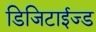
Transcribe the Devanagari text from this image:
डिजिटाईज्ड